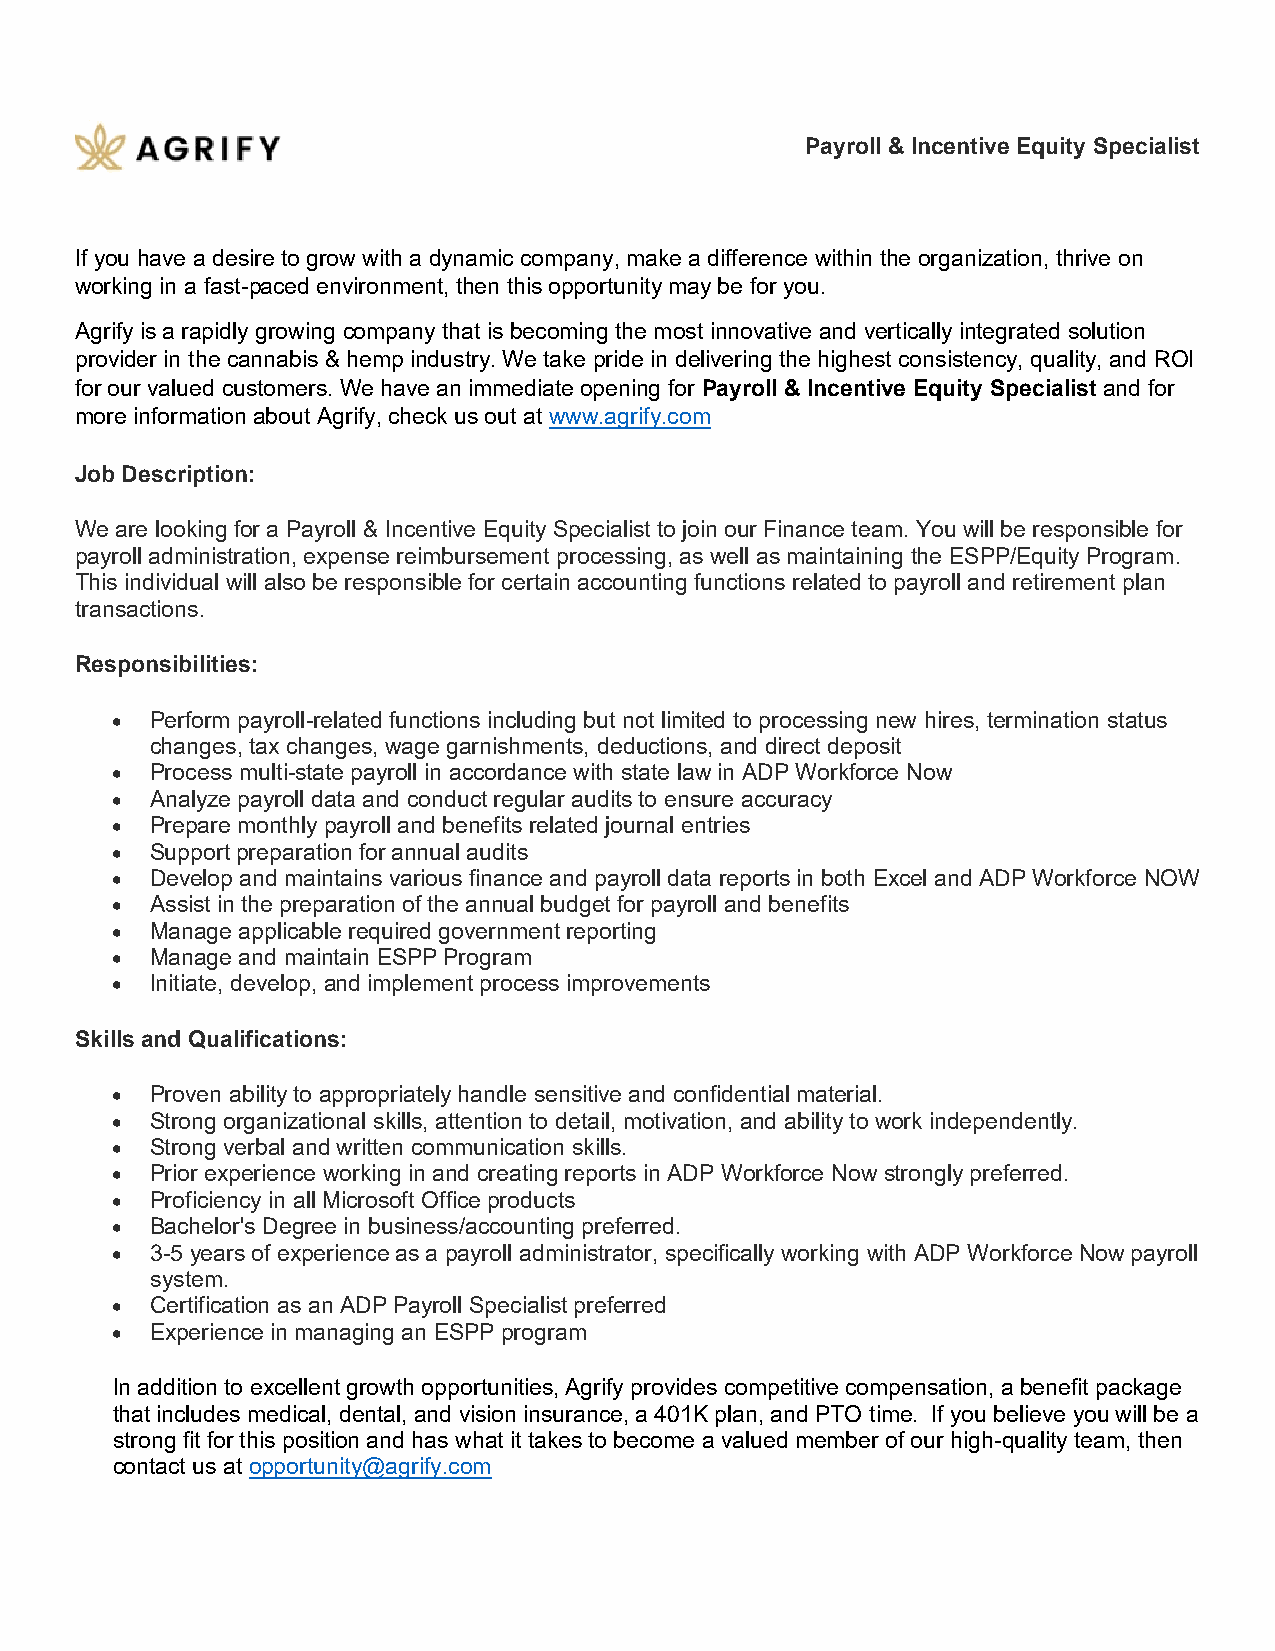
Payroll & Incentive Equity Specialist
 If you have a desire to grow with a dynamic company, make a difference within the organization, thrive on
 working in a fast-paced environment, then this opportunity may be for you.
 Agrify is a rapidly growing company that is becoming the most innovative and vertically integrated solution
 provider in the cannabis & hemp industry. We take pride in delivering the highest consistency, quality, and ROI
 for our valued customers. We have an immediate opening for Payroll & Incentive Equity Specialist and for
 more information about Agrify, check us out at www.agrify.com
 Job Description:
 We are looking for a Payroll & Incentive Equity Specialist to join our Finance team. You will be responsible for
 payroll administration, expense reimbursement processing, as well as maintaining the ESPP/Equity Program.
 This individual will also be responsible for certain accounting functions related to payroll and retirement plan
 transactions.
 Responsibilities:
 •  Perform payroll-related functions including but not limited to processing new hires, termination status
 changes, tax changes, wage garnishments, deductions, and direct deposit
 •  Process multi-state payroll in accordance with state law in ADP Workforce Now
 •  Analyze payroll data and conduct regular audits to ensure accuracy
 •  Prepare monthly payroll and benefits related journal entries
 •  Support preparation for annual audits
 •  Develop and maintains various finance and payroll data reports in both Excel and ADP Workforce NOW
 •  Assist in the preparation of the annual budget for payroll and benefits
 •  Manage applicable required government reporting
 •  Manage and maintain ESPP Program
 •  Initiate, develop, and implement process improvements
 Skills and Qualifications:
 •  Proven ability to appropriately handle sensitive and confidential material.
 •  Strong organizational skills, attention to detail, motivation, and ability to work independently.
 •  Strong verbal and written communication skills.
 •  Prior experience working in and creating reports in ADP Workforce Now strongly preferred.
 •  Proficiency in all Microsoft Office products
 •  Bachelor's Degree in business/accounting preferred.
 •  3-5 years of experience as a payroll administrator, specifically working with ADP Workforce Now payroll
 system.
 •  Certification as an ADP Payroll Specialist preferred
 •  Experience in managing an ESPP program
 In addition to excellent growth opportunities, Agrify provides competitive compensation, a benefit package
 that includes medical, dental, and vision insurance, a 401K plan, and PTO time. If you believe you will be a
 strong fit for this position and has what it takes to become a valued member of our high-quality team, then
 contact us at opportunity@agrify.com